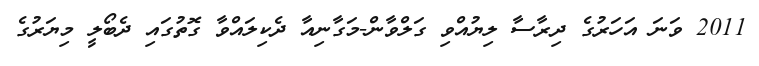
2011 ވަނަ އަހަރުގެ ދިރާސާ ލިޔުއްވި ގަލްވާން-މަގާނިއާ ދެކިލައްވާ ގޮތުގައި ދެބޯލީ މިޔަރުގެ